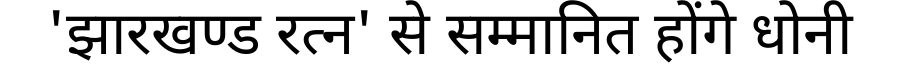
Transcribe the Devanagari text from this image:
'झारखण्ड रत्न' से सम्मानित होंगे धोनी